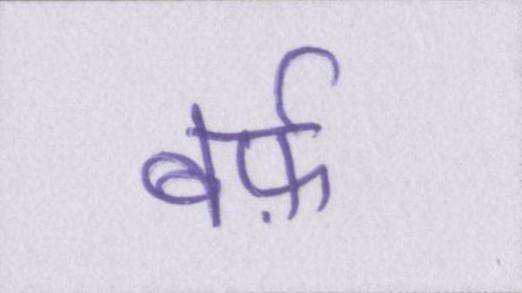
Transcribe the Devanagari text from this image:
बर्फ़